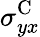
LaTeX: \sigma_{yx}^{\textrm{C}}